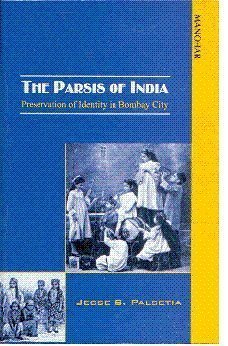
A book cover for The Parsis of India: Preservation of Identity in Bombay City; Jesse S. Palsetia; Religion & Spirituality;